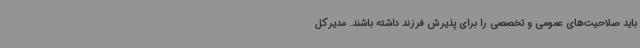
باید صلاحیت‌های عمومی و تخصصی را برای پذیرش فرزند داشته باشند. مدیرکل